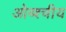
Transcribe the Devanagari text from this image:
ओब्श्चीय